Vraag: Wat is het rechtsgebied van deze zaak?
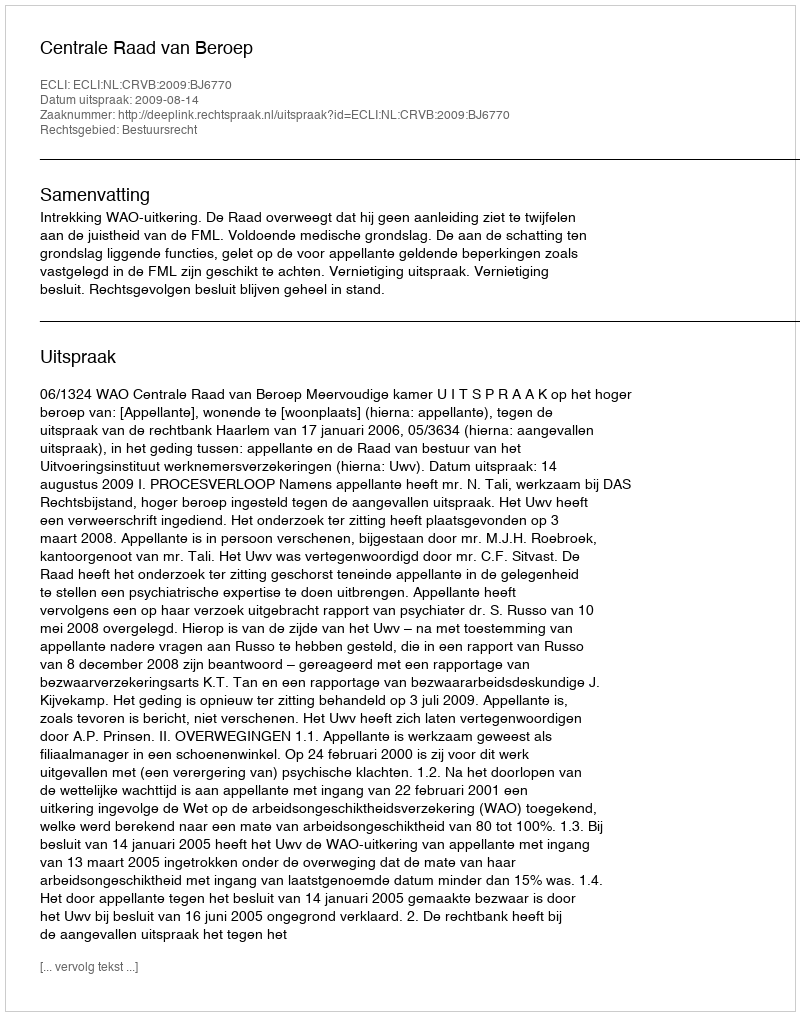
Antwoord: Bestuursrecht